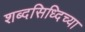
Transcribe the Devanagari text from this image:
शब्दसिध्दिच्या